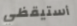
أستيقظي